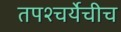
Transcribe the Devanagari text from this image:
तपश्चर्येचीच